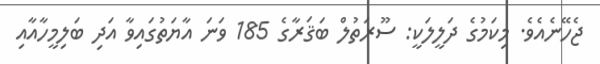
ޖެހޭނެއެވެ. މިކަމުގެ ދަލީލަކީ: ސޫރަތުލް ބަޤަރާގެ 185 ވަނަ އާޔަތުގައިވާ އަދި ބަލިމީހާއާއި